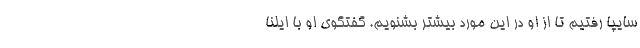
سایپا رفتیم تا از او در این مورد بیشتر بشنویم. گفتگوی او با ایلنا